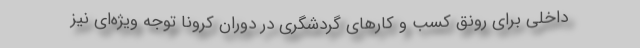
داخلی برای رونق کسب و کارهای گردشگری در دوران کرونا توجه ویژه‌ای نیز